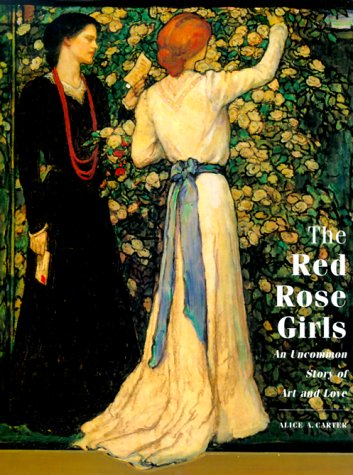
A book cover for The Red Rose Girls: An Uncommon Story of Art and Love; Alice A. Carter; Gay & Lesbian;